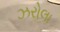
ઝરોલા